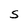
Character: S